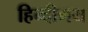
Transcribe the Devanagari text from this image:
हिन्दीमय